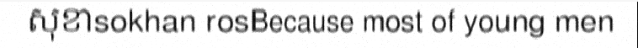
សុខាsokhan rosBecause most of young men